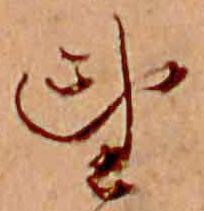
望